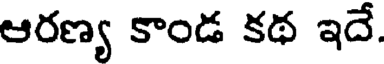
ఆరణ్య కాండ కథ ఇదే.